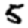
Digit: 5